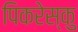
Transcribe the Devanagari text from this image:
पिकरेस्कु